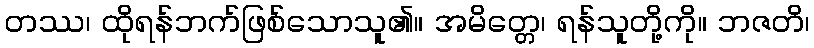
တဿ၊ ထိုရန်ဘက်ဖြစ်သောသူ၏။ အမိတ္တေ၊ ရန်သူတို့ကို။ ဘဇတိ၊